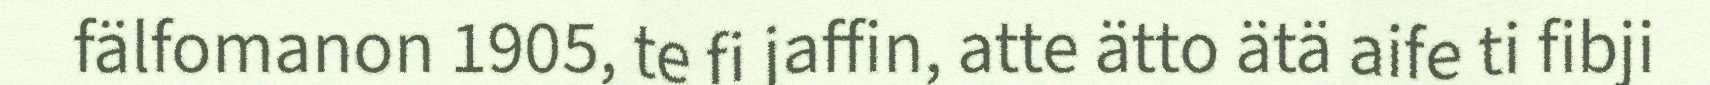
fälfomanon 1905, te fi jaffin, atte ätto ätä aife ti fibji